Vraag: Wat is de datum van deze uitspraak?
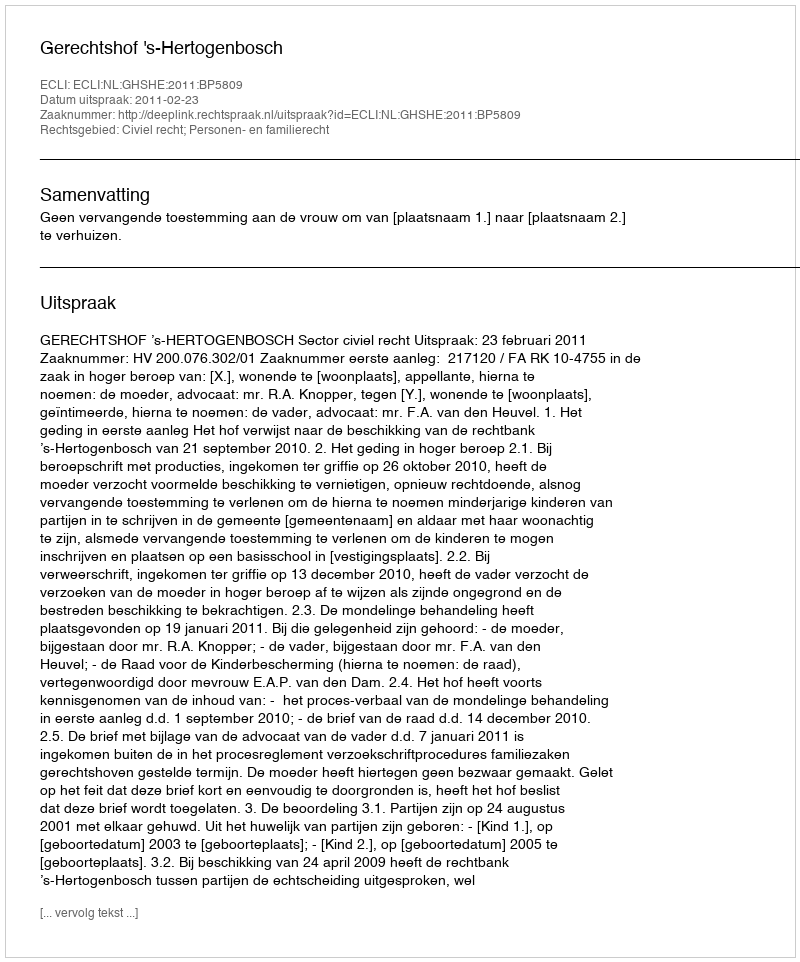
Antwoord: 2011-02-23